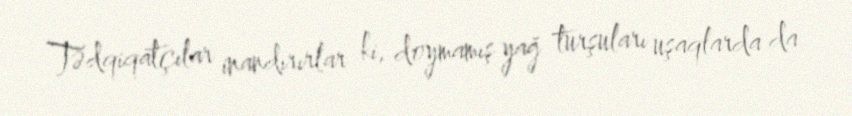
Tədqiqatçılar inandırırlar ki, doymamış yağ turşuları uşaqlarda da